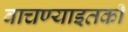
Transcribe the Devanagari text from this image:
वाचण्याइतकी